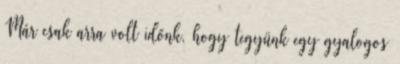
Már csak arra volt időnk, hogy tegyünk egy gyalogos